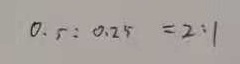
0 . 5 : 0 . 2 5 = 2 : 1